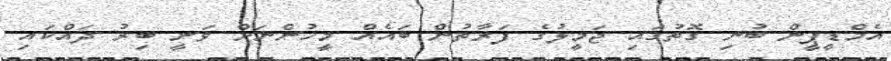
އެމްޑީޕީން ބުނި ގޮތުގައި ޖަމީލުގެ ފަރާތުން ބައެއް މީހުންނަށް ވަނީ ބިރު ދައްކައި